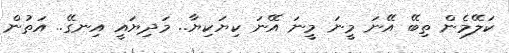
ކަލޭމެން ތިބޭ އޭނަ މީނަ މީނަ އޭނަ ކިޔަކިޔާ.. މަދިޔައީ އިނގޭ.. އަތުން